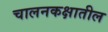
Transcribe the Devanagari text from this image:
चालनकक्षातील